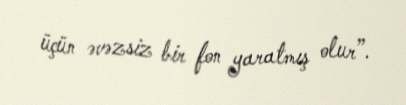
üçün əvəzsiz bir fon yaratmış olur”.